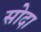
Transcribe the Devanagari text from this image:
सोदा